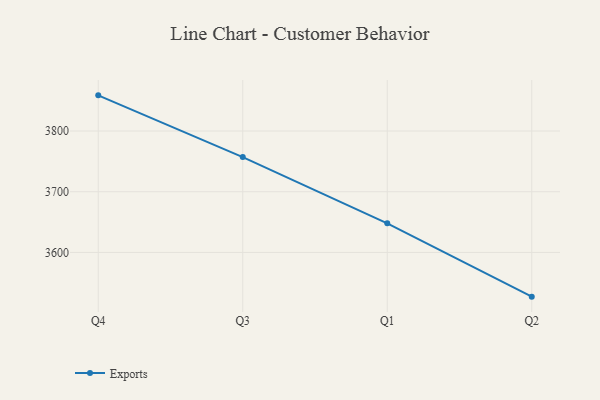
{"axis": {"x": "Quarter", "y": "LTV (USD)"}, "legend": ["Exports"], "data": [{"x": "Q4", "y": 3858.8, "type": "Exports"}, {"x": "Q3", "y": 3757.1, "type": "Exports"}, {"x": "Q1", "y": 3648.0, "type": "Exports"}, {"x": "Q2", "y": 3527.1, "type": "Exports"}]}